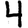
Digit: 4